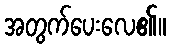
အတွက်ပေးလေ၏။